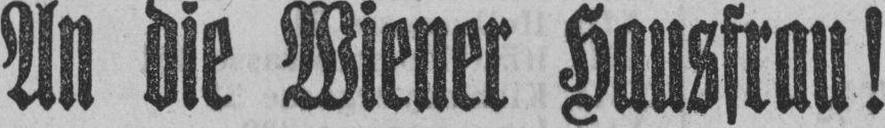
An die Wiener Hausfrau!